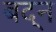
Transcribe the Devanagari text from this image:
बद्न